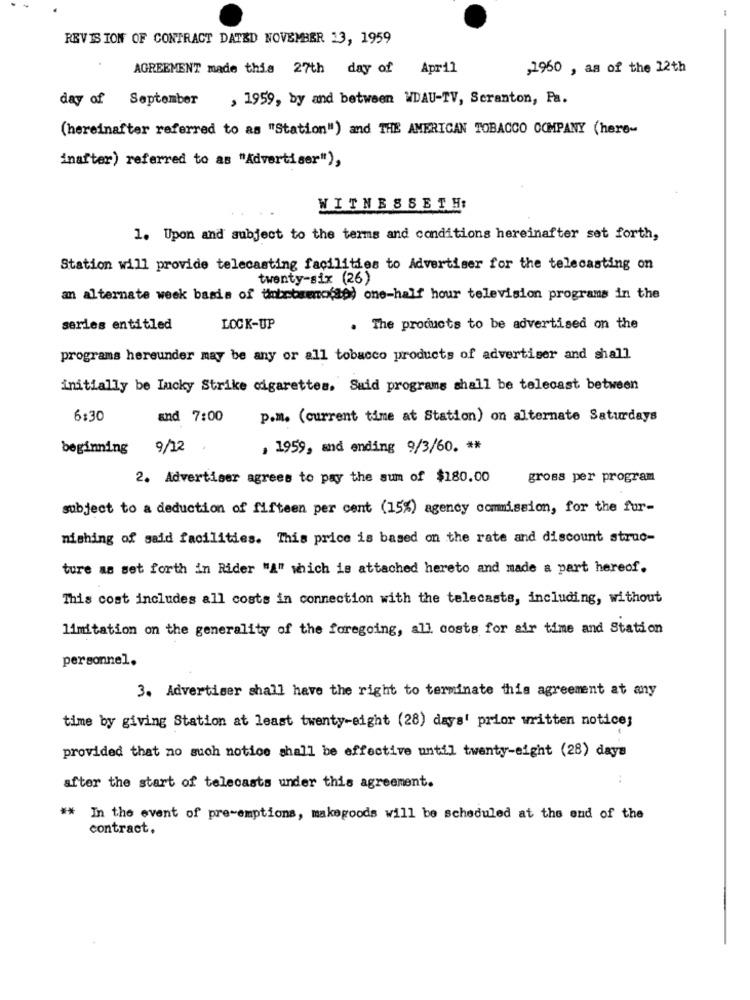
REVIS ION OF CONTRACT DATED NOVEMBER 13, 1959
AGREEMENT made this 27th day of April
,1960 , as of the 12th
day of September
, 1959, by and between WDAU-TV, Scranton, Pa.
(hereinafter referred to as "Station") and THE AMERICAN TOBACCO COMPANY (here-
inafter) referred to as "Advertiser"),
WITNESSETHI
1. Upon and subject to the terms and conditions hereinafter set forth,
Station will provide telecasting facilities to Advertiser for the telecasting on
twenty-six (26)
an alternate week basis of tubebsemofto) one-half hour television programs in the
series entitled
LOCK-UP
. The products to be advertised on the
programs hereunder may be any or all tobacco products of advertiser and shall
initially be lucky Strike cigarettes. Suid programs shall be telecast between
6:30
and 7:00
p.m. (current time at Station) on alternate Saturdays
beginning 9/12
, 1959, and ending 9/3/60. **
2. Advertiser agrees to pay the sum of $180.00
gross per program
subject to a deduction of fifteen per cent (15%) agency commission, for the fur-
nishing of said facilities. This price is based on the rate and discount struc-
ture as set forth in Rider "A" which is attached hereto and made a part hereof.
This cost includes all costs in connection with the telecasts, including, without
limitation on the generality of the foregoing, all costs for air time and Station
personnel.
3. Advertiser shall have the right to terminate this agreement at any
time by giving Station at least twenty-eight (28) days' prior written notice;
provided that no such notice shall be effective until twenty-eight (28) days
..
after the start of telecasts under this agreement.
** In the event of pre-emptions, makegoods will be scheduled at the end of the
contract.